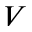
V